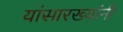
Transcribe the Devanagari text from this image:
यांसारख्यांनी